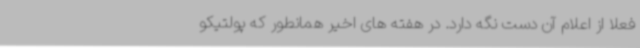
فعلا از اعلام آن دست نگه دارد. در هفته های اخیر همانطور که پولتیکو